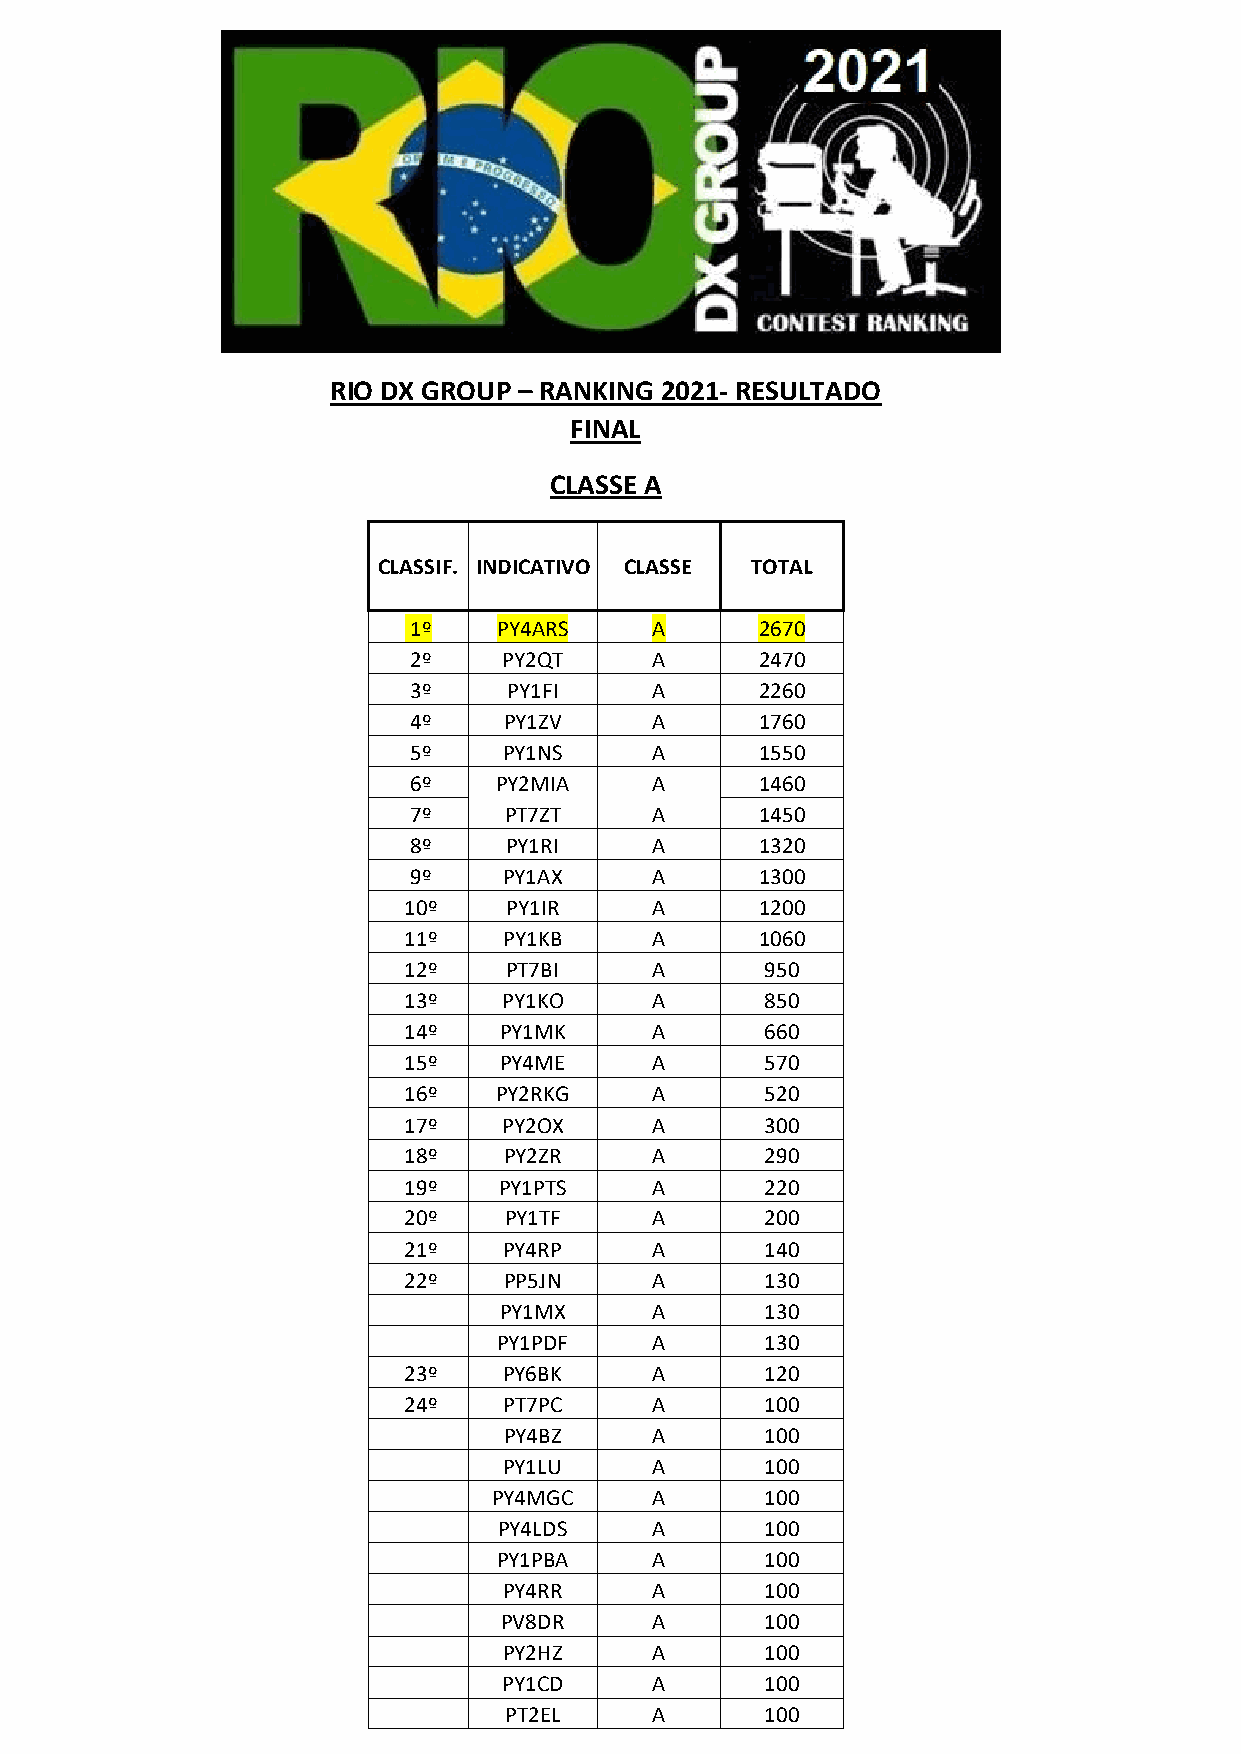
RIO DX GROUP – RANKING 2021- RESULTADO
 FINAL
 CLASSE A
 CLASSIF. INDICATIVO CLASSE TOTAL
 1º    PY4ARS    A      2670
 2º    PY2QT     A      2470
 3º     PY1FI    A      2260
 4º    PY1ZV     A      1760
 5º    PY1NS     A      1550
 6º    PY2MIA    A      1460
 7º    PT7ZT     A      1450
 8º     PY1RI    A      1320
 9º    PY1AX     A      1300
 10º    PY1IR    A      1200
 11º   PY1KB     A      1060
 12º    PT7BI    A       950
 13º   PY1KO     A       850
 14º   PY1MK     A       660
 15º   PY4ME     A       570
 16º   PY2RKG    A       520
 17º   PY2OX     A       300
 18º   PY2ZR     A       290
 19º   PY1PTS    A       220
 20º   PY1TF     A       200
 21º   PY4RP     A       140
 22º   PP5JN     A       130
 PY1MX     A       130
 PY1PDF    A       130
 23º   PY6BK     A       120
 24º   PT7PC     A       100
 PY4BZ     A       100
 PY1LU     A       100
 PY4MGC    A       100
 PY4LDS    A       100
 PY1PBA    A       100
 PY4RR     A       100
 PV8DR     A       100
 PY2HZ     A       100
 PY1CD     A       100
 PT2EL     A       100